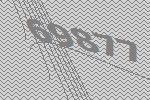
69877